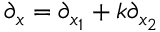
\partial _ { x } = \partial _ { x _ { 1 } } + k \partial _ { x _ { 2 } }